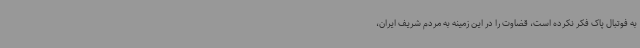
به فوتبال پاک فکر نکرده است، قضاوت را در این زمینه به مردم شریف ایران،